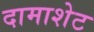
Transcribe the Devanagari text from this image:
दामाशेट